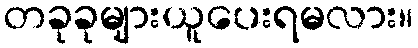
တခုခုများယူပေးရမလား။